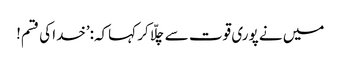
میں نے پوری قوت سے چلّا کر کہاکہ:’خدا کی قسم!